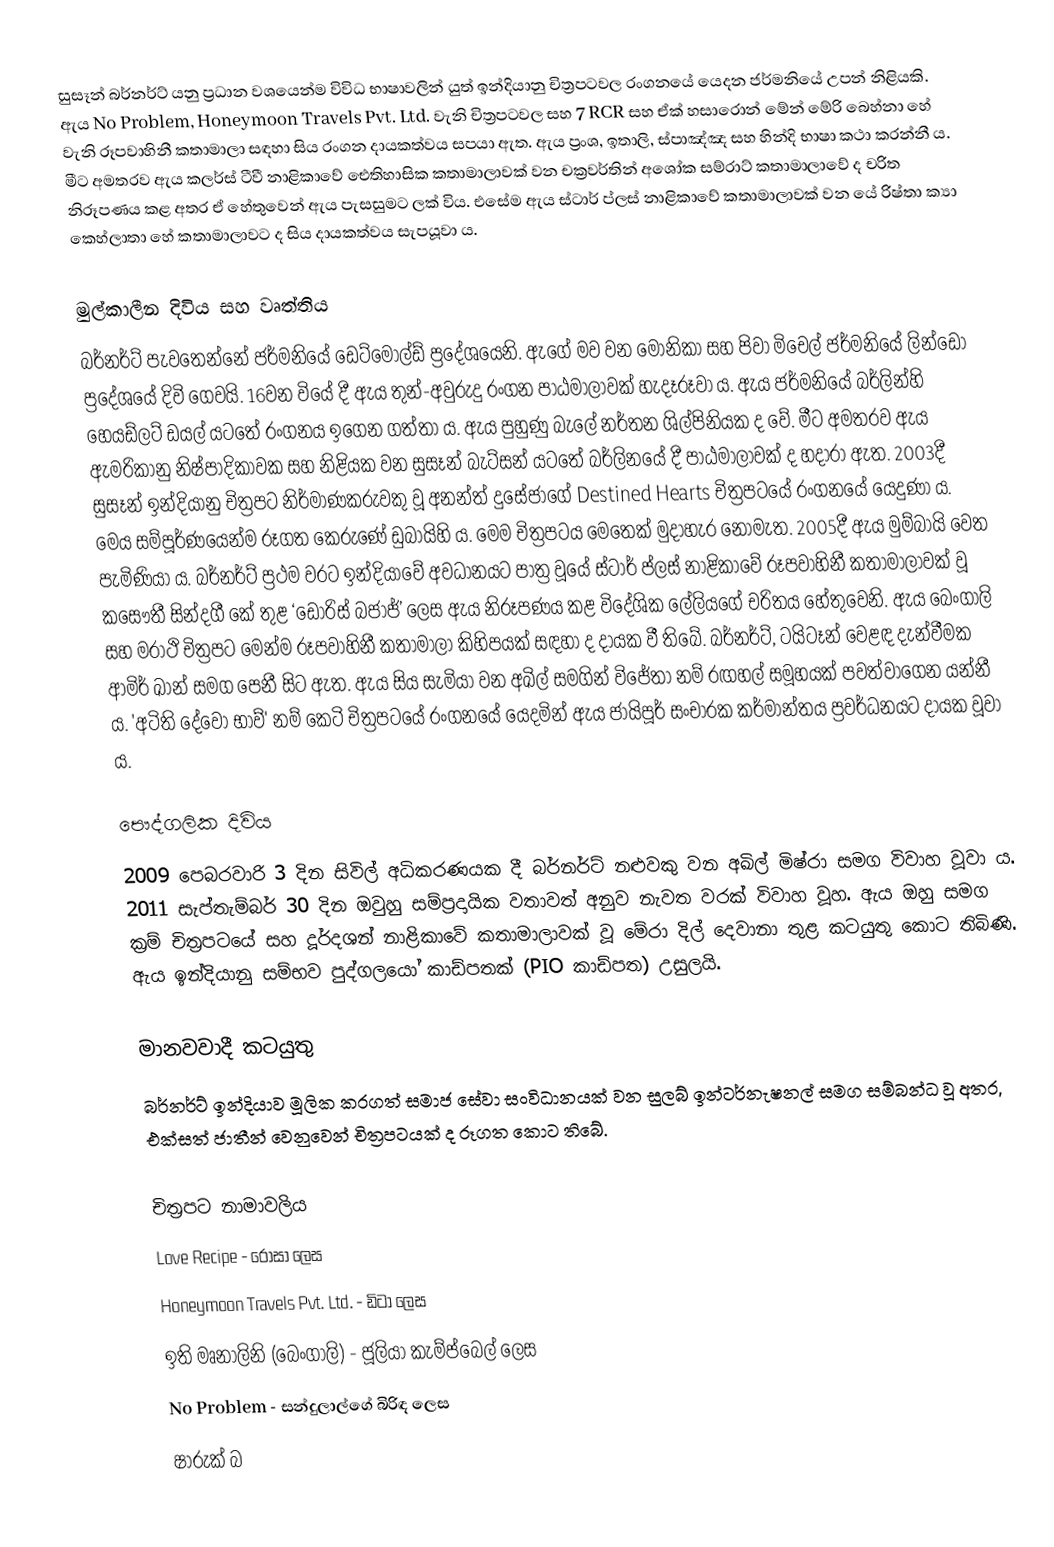
සුසෑන් බර්නර්ට් යනු ප්‍රධාන වශයෙන්ම විවිධ භාෂාවලින් යුත් ඉන්දියානු චිත්‍රපටවල රංගනයේ යෙදන ජර්මනියේ උපන් නිළියකි. ඇය No Problem, Honeymoon Travels Pvt. Ltd. වැනි චිත්‍රපටවල සහ 7 RCR සහ ඒක් හසාරොන් මේන් මේරි බෙහ්නා හේ වැනි රූපවාහිනී කතාමාලා සඳහා සිය රංගන දායකත්වය සපයා ඇත. ඇය ප්‍රංශ, ඉතාලි, ස්පාඤ්ඤ සහ හින්දි භාෂා කථා කරන්නී ය. මීට අමතරව ඇය කලර්ස් ටීවී නාළිකාවේ ඓතිහාසික කතාමාලාවක් වන චක්‍රවර්තින් අශෝක සම්රාට් කතාමාලාවේ ද චරිත නිරූපණය කළ අතර ඒ හේතුවෙන් ඇය පැසසුමට ලක් විය. එසේම ඇය ස්ටාර් ප්ලස් නාළිකාවේ කතාමාලාවක් වන යේ රිෂ්තා ක්‍යා කෙහ්ලාතා හේ කතාමාලාවට ද සිය දායකත්වය සැපයූවා ය.

මුල්කාලීන දිවිය සහ වෘත්තිය
බර්නර්ට් පැවතෙන්නේ ජර්මනියේ ඩෙට්මෝල්ඩ් ප්‍රදේශයෙනි. ඇගේ මව වන මොනිකා සහ පිවා මිචෙල් ජර්මනියේ ලින්ඩෝ ප්‍රදේශයේ දිවි ගෙවයි. 16වන වියේ දී ඇය තුන්-අවුරුදු රංගන පාඨමාලාවක් හැදෑරූවා ය. ඇය ජර්මනියේ බර්ලින්හි හෙයඩ්‍ලට් ඩයල් යටතේ රංගනය ඉගෙන ගත්තා ය. ඇය පුහුණු බැලේ නර්තන ශිල්පිනියක ද වේ. මීට අමතරව ඇය ඇමරිකානු නිෂ්පාදිකාවක සහ නිළියක වන සුසෑන් බැට්සන් යටතේ බර්ලිනයේ දී පාඨමාලාවක් ද හදාරා ඇත. 2003දී සුසෑන් ඉන්දියානු චිත්‍රපට නිර්මාණකරුවකු වූ අනන්ත් දුසේජාගේ Destined Hearts චිත්‍රපටයේ රංගනයේ යෙදුණා ය. මෙය සම්පූර්ණයෙන්ම රූගත කෙරුණේ ඩුබායිහි ය. මෙම චිත්‍රපටය මෙතෙක් මුදාහැර නොමැත. 2005දී ඇය මුම්බායි වෙත පැමිණියා ය. බර්නර්ට් ප්‍රථම වරට ඉන්දියාවේ අවධානයට පාත්‍ර වූයේ ස්ටාර් ප්ලස් නාළිකාවේ රූපවාහිනී කතාමාලාවක් වූ කසෞතී සින්දගී කේ තුළ ‘ඩොරිස් බජාජ්’ ලෙස ඇය නිරූපණය කළ විදේශික ලේලියගේ චරිතය හේතුවෙනි. ඇය බෙංගාලි සහ මරාථි චිත්‍රපට මෙන්ම රූපවාහිනී කතාමාලා කිහිපයක් සඳහා ද දායක වී තිබේ. බර්නර්ට්, ටයිටෑන් වෙළඳ දැන්වීමක ආමිර් ඛාන් සමග පෙනී සිට ඇත. ඇය සිය සැමියා වන අඛිල් සමගින් විජේතා නම් රඟහල් සමූහයක් පවත්වාගෙන යන්නී ය. 'අටිති දේවෝ භාව්' නම් කෙටි චිත්‍රපටයේ රංගනයේ යෙදමින් ඇය ජායිපූර් සංචාරක කර්මාන්තය ප්‍රවර්ධනයට දායක වූවා ය.

පෞද්ගලික දිවිය
2009 පෙබරවාරි 3 දින සිවිල් අධිකරණයක දී බර්නර්ට් නළුවකු වන අඛිල් මිෂ්රා සමග විවාහ වූවා ය. 2011 සැප්තැම්බර් 30 දින ඔවුහු සම්ප්‍රදායික වතාවත් අනුව නැවත වරක් විවාහ වූහ. ඇය ඔහු සමග ක්‍රම් චිත්‍රපටයේ සහ දූර්දශන් නාළිකාවේ කතාමාලාවක් වූ මේරා දිල් දෙවානා තුළ කටයුතු කොට තිබිණි. ඇය ඉන්දියානු සම්භව පුද්ගලයෝ කාඩ්පතක් (PIO කාඩ්පත) උසුලයි.

මානවවාදී කටයුතු
බර්නර්ට් ඉන්දියාව මූලික කරගත් සමාජ සේවා සංවිධානයක් වන සුලබ් ඉන්ටර්නැෂනල් සමග සම්බන්ධ වූ අතර, එක්සත් ජාතීන් වෙනුවෙන් චිත්‍රපටයක් ද රූගත කොට තිබේ.

චිත්‍රපට නාමාවලිය
 Love Recipe - රෝසා ලෙස
 Honeymoon Travels Pvt. Ltd. - ඩිටා ලෙස
 ඉති මෘනාලිනි (බෙංගාලි) - ජූලියා කැම්ප්බෙල් ලෙස
 No Problem - සන්දුලාල්ගේ බිරිඳ ලෙස
 ෂාරුක් බ